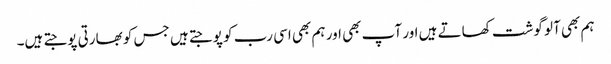
ہم بھی آلو گوشت کھاتے ہیں اور آپ بھی اور ہم بھی اسی رب کو پوجتے ہیں جس کو بھارتی پوجتے ہیں۔